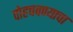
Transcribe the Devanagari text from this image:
पोहचवण्याचा